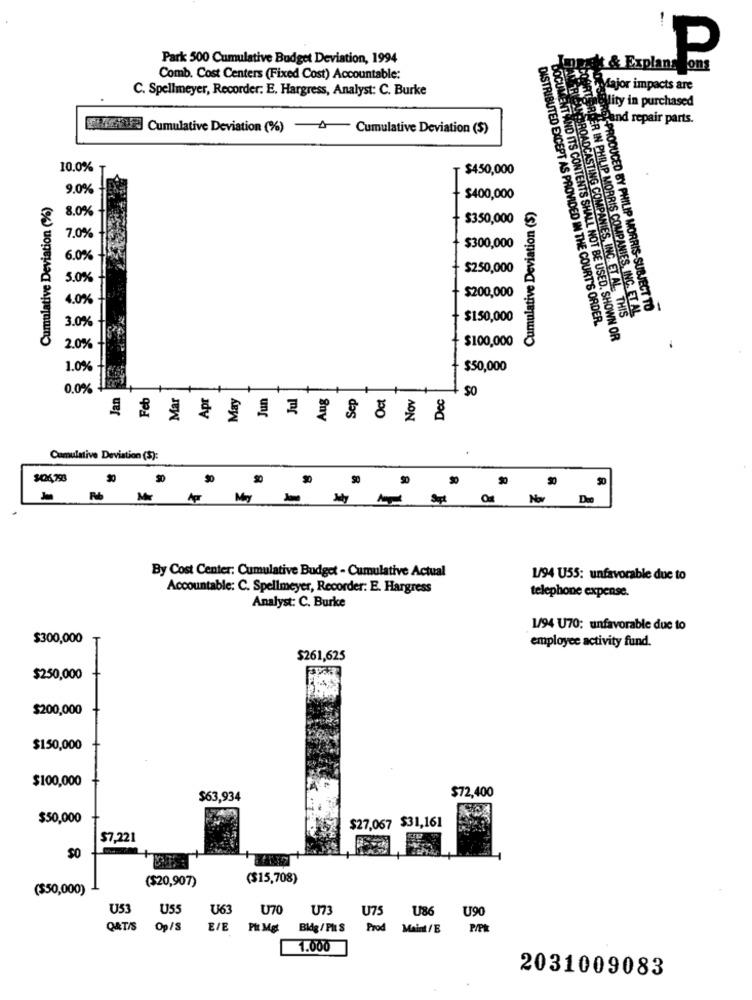
Park 500 Cumulative Budget Deviation, 1994
mask & Explans ons
Comb. Cost Centers (Fixed Cost) Accountable:
C. Spellmeyer, Recorder: E. Hargress, Analyst: C. Burke
Major impacts are
lity in purchased
hand repair parts.
GRAVE] Cumulative Deviation (%) -4- Cumulative Deviation (S)
10.0%
+
$450,000
9.0%
Cumulative Deviation (%)
$400,000
8.0%
Cumulative Deviation ($)
$350,000
7.0%
$300,000
6.0%
$250,000
3.0%
4.0%
$200,000
PER IN PHILIP MORRIS COMPANIES, INC. ET AL
PRODUCED BY PHILIP MORRIS-SUBJECT TO
3.0%
$150,000
DISTRIBUTED EXCEPT AS PROVIDED IN THE COURT'S ORDER.
BROADCASTING COMPANIES, INC. ET AL. THIS
$100,000
DOCUMENT AND ITS CONTENTS SHALL NOT BE USED, SHOWN OR
2.0%
1.0%
$50,000
0,0%
Jan
Feb
Mar
Apr
un
Aug
Oct
Nov
SO
Ma
Sep
Dec
Cumulative Deviation ($):
50
Mr
May
By Cost Center: Cumulative Budget - Cumulative Actual
1/94 U55: unfavorable due to
Accountable: C. Spellmeyer, Recorder: E. Hargress
telephone expense.
Analyst: C. Burke
1/94 U70: unfavorable due to
$300,000
employee activity fund.
$261,625
$250,000
$200,000
$150,000
$100,000
$63,934
$72,400
$50,000
$27,067 $31,161
$7.221
SO
($20,907)
($15,708)
($50,000)
U53
US5
U63
U70
U7
U75
U86
U90
QAT/S
Op/S
E/E
Pit Mgt
Bldg / Plt S
Prod
Maint/ E
1.000
2031009083